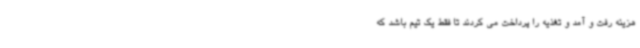
هزینه رفت و آمد و تغذیه را پرداخت می کردند تا فقط یک تیم باشد که